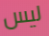
ليس